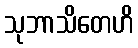
သုဘာသိတေဟိ